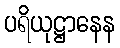
ပရိယုဋ္ဌာနေန